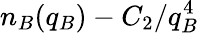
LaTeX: n_{B}(q_{B})-C_{2}/q_{B}^{4}